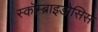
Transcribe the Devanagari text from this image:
स्कॉम्ब्राइडोसिस